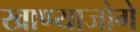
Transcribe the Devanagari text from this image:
खाण्याजोगे